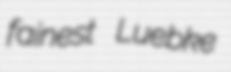
fainest Luebke